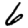
Digit: 6